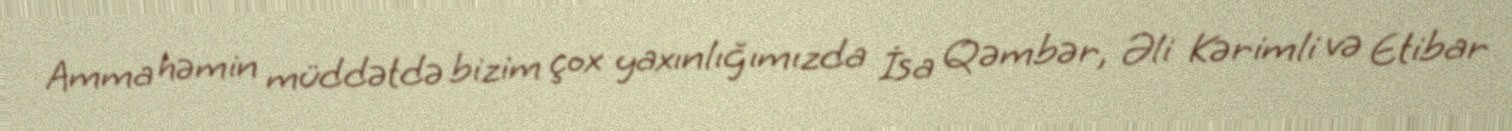
Amma həmin müddətdə bizim çox yaxınlığımızda İsa Qəmbər, Əli Kərimli və Etibar